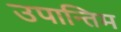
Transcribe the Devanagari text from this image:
उपान्तिम